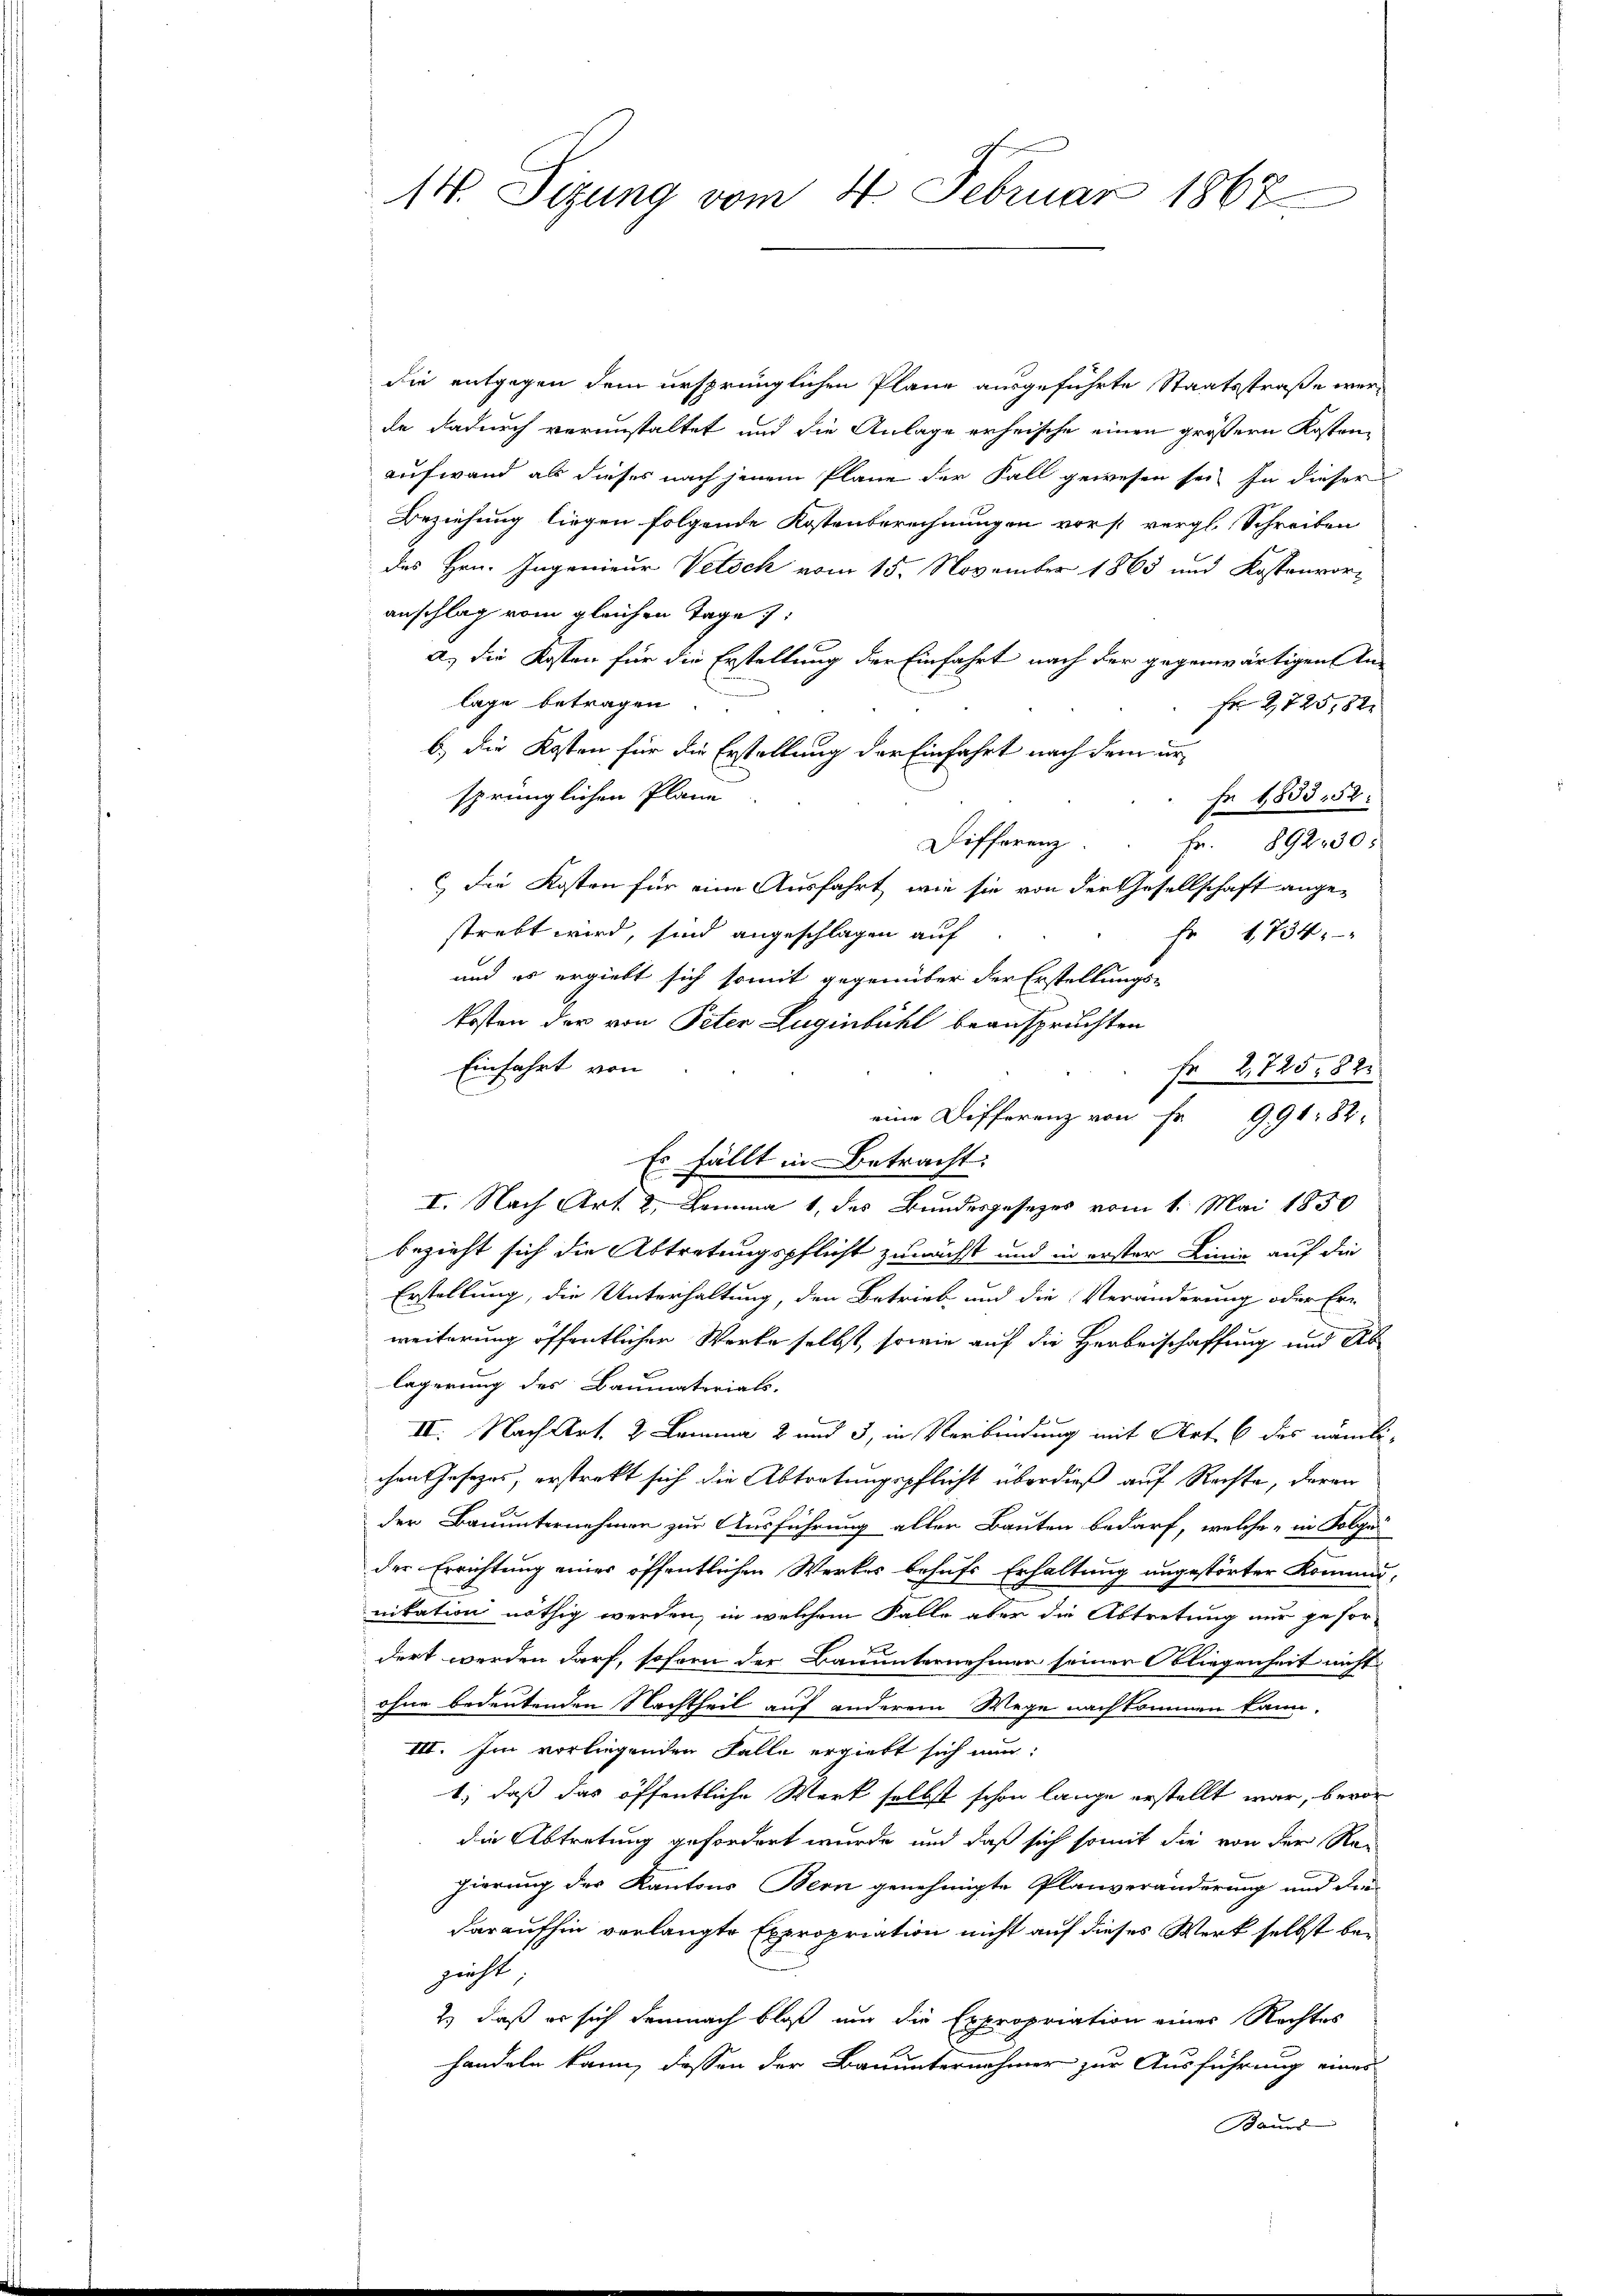
14. Sizung vom 4. Februar 1867

die entgegen dem ursprünglichen Plane ausgeführte Staatsstraße werde dadurch verunstaltet und die Anlage erheische einen größern Kostenaufwand als dieses nach jenem Plane der Fall gewesen sei. In dieser
Beziehung liegen folgende Kostenberechnungen vorst vergl. Schreiben
des Hrn. Ingenieur Vetock vom 15. November 1865 und Kostenvoranschlag vom gleichen Tage:
a.) Die Kosten für die Erstellung der Einfahrt nach der gegenwärtigen An-
lage betragen
Fr 2,725,82
b.) die Kosten für die Erstellung der Einfahrt nach dem ursprünglichen Plane
fe 1833. 52.
Differenz
Fr. 892230.
 der Kosten für eine Ausfahrt, wie sie von der Gesellschaft angestrebt wird, sind angeschlagen auf
Fr. 1734.
und es ergiebt sich somit gegenüber der Erstellungs-
Kosten der von Peter Zuginbühl beanspruchten
Einfahrt von
fr 2,725. 82
eine Differenz von Fr. 991. 82.
Es fällt in Betracht:
I. Nach Art. 2, Comma 1 des Bundesgesezes vom 1. Mai 1850
bezieht sich die Abtretungspflicht zunächst und in erster Linie auf die
Erstellung, die Unterhaltung, den Betrieb und die Veränderung oder Ern
weiterung öffentlichen Werke selbst, sowie auf die Herbeischaffung und Ab
lagerung des Baumaterials.
II. Nach Art. 2 Lemma 2 und 3, in Verbindung mit Art. 6 des nämlichen Jnsezes, erstrekt sich die Abtretungspflicht überdieß auf Rechte, deren
der Bauunternehmen zur Ausführung aller Bauten bedarf, welche in Folgen
der Errichtung einer öffentlichen Werkes behufs Erhaltung angestörter Kommu-
nikation nöthig werden, in welchem Falle aber die Abtretung nur gesordert werden darf, soforn der Bauunternehmen seiner Obliegenheit nicht
ohne bedeutenden Nachtheil auf anderem Wege nachkommen kann.
III. Im vorliegenden Falle ergiebt sich nun:
1; daß das öffentliche Werk selbst schon lange erstellt war, bevor
die Abtretung gefordert wurde und daß sich somit die von der Rei
gierung des Kantons Bern genehmigte Planveränderung und der
daraufhin verlangte Expropriation nicht auf dieses Werk selbst bezicht
2.) daß er sich demnach bloß nur die Expropriation einer Rechtes
handeln kann, dessen der Bauunternehmer zur Ausführung eines
Baues